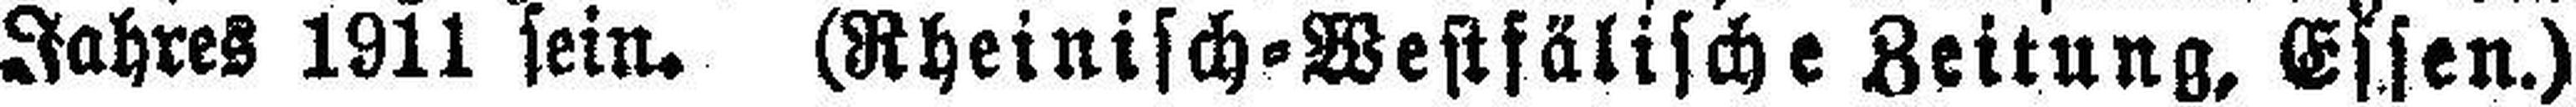
Jahres 1911 sein. (Rheinisch=Westfälische Zeitung, Essen.)